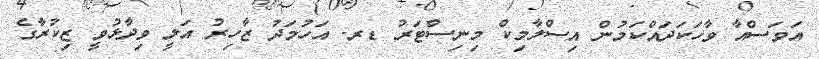
އަވަސްއާ ވާހަކަދައްކަމުން އިސްލާމިކް މިނިސްޓަރު ޑރ. އަހުމަދު ޒާހިރު އަލީ ވިދާޅުވީ ޒިކުރާގެ